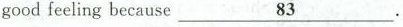
good feeling because \underline{83}.